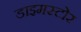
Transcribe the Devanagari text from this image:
डाइमस्टोर